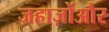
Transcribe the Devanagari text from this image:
जहाज़ोंऔर